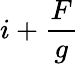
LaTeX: i+\frac{F}{g}